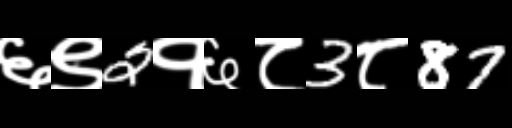
Text: ६९2१६८3८87